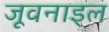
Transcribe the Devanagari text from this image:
जूवनाइल